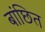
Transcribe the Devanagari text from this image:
बांछित